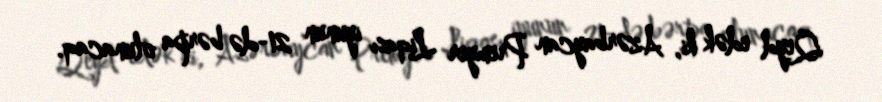
Qeyd edək ki, Azərbaycan Premyer Liqası iyunun 21-də bərpa olunacaq.